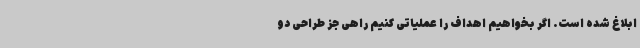
ابلاغ شده است. اگر بخواهیم اهداف را عملیاتی کنیم راهی جز طراحی دو